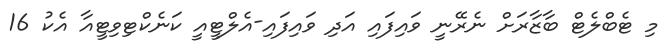
މި ޓެބްލެޓް ބާޒާރަށް ނެރޭނީ ވައިފައި އަދި ވައިފައި-އެލްޓީއީ ކަނެކްޓިވިޓީއާ އެކު 16